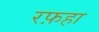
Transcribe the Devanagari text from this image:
रफ़हा